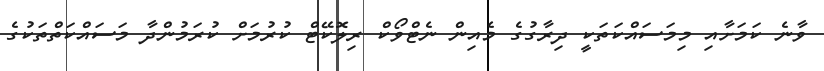
ވާނެ ކަމަށާއި މިމަސައްކަތަކީ ދިރާގުގެ މެއިން ނެޓްވޯކް ރިލޮކޭޓް ކުރުމަށް ކުރަމުންދާ މަސައްކަތްތަކުގެ